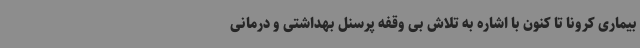
بیماری کرونا تا کنون با اشاره به تلاش بی وقفه پرسنل بهداشتی و درمانی